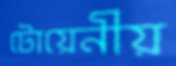
টোয়েনীয়